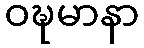
ဝဍ္ဎမာနာ